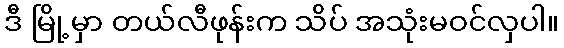
ဒီ မြို့မှာ တယ်လီဖုန်းက သိပ် အသုံးမဝင်လှပါ။